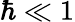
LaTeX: \hbar\ll 1